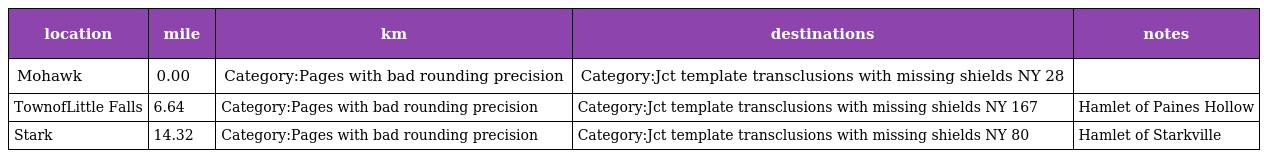
| location | mile | km | destinations | notes |
 | --- | --- | --- | --- | --- |
 | Mohawk | 0.00 | Category:Pages with bad rounding precision | Category:Jct template transclusions with missing shields NY 28 |  |
 | TownofLittle Falls | 6.64 | Category:Pages with bad rounding precision | Category:Jct template transclusions with missing shields NY 167 | Hamlet of Paines Hollow |
 | Stark | 14.32 | Category:Pages with bad rounding precision | Category:Jct template transclusions with missing shields NY 80 | Hamlet of Starkville |